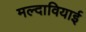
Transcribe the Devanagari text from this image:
मल्दावियाई